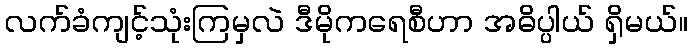
လက်ခံကျင့်သုံးကြမှလဲ ဒီမိုကရေစီဟာ အဓိပ္ပါယ် ရှိမယ်။